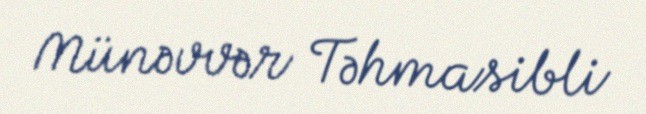
Münəvvər Təhmasibli